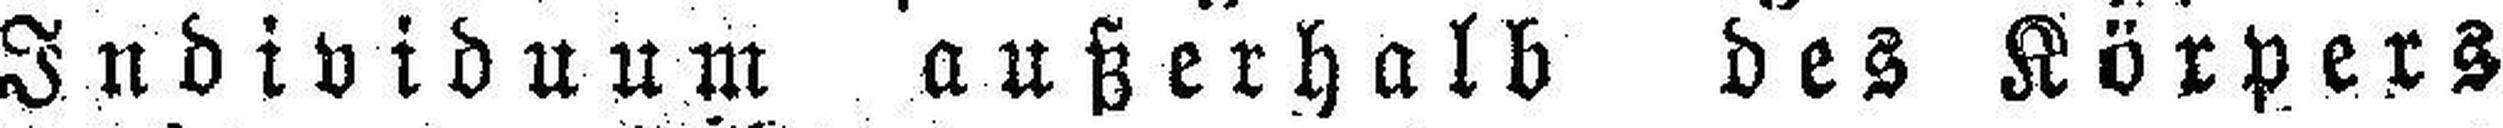
Individuum außerhalb des Körpers